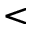
<